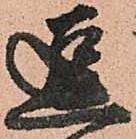
逗